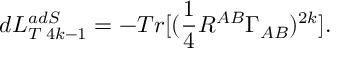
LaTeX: d L _ { T \; 4 k - 1 } ^ { a d S } = - T r [ ( \frac { 1 } { 4 } R ^ { A B } \Gamma _ { A B } ) ^ { 2 k } ] .